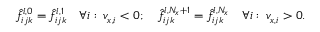
\hat { f } _ { i j k } ^ { l , 0 } = \hat { f } _ { i j k } ^ { l , 1 } \quad \forall i : \: v _ { x , i } < 0 ; \quad \hat { f } _ { i j k } ^ { l , N _ { x } + 1 } = \hat { f } _ { i j k } ^ { l , N _ { x } } \quad \forall i : \: v _ { x , i } > 0 .